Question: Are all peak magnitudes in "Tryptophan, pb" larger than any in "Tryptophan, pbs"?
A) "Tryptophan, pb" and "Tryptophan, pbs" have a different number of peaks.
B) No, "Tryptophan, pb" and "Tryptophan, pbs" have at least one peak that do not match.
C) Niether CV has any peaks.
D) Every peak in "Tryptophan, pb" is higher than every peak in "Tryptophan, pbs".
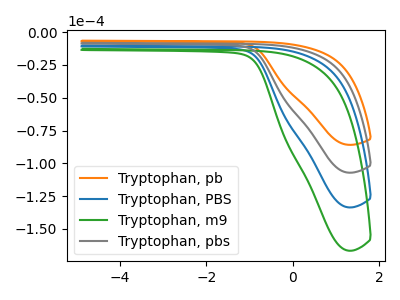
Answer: <think>The orange curve "Tryptophan, pb" has no peaks. The blue curve "Tryptophan, PBS" has no peaks. The green curve "Tryptophan, m9" has no peaks. The gray curve "Tryptophan, pbs" has no peaks.</think>
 <answer>C) Niether CV has any peaks.</answer>
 <eval>C</eval>